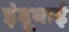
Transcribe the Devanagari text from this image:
इंदूबाई